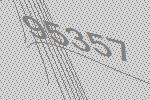
95357